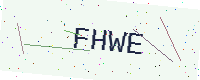
Text: FHWE